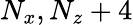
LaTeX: N_{x},N_{z}+4